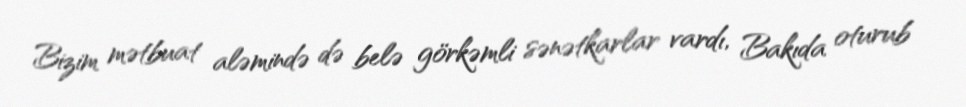
Bizim mətbuat aləmində də belə görkəmli sənətkarlar vardı, Bakıda oturub